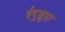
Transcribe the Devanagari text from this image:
ईदुज्जुहा